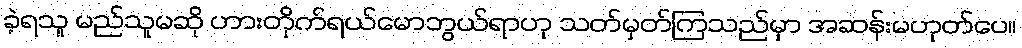
ခဲ့ရသူ မည်သူမဆို ဟားတိုက်ရယ်မောဘွယ်ရာဟု သတ်မှတ်ကြသည်မှာ အဆန်းမဟုတ်ပေ။